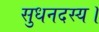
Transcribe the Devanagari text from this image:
सुधनदस्य।